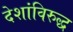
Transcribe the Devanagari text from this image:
देशांविरुद्ध